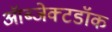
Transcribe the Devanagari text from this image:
ऑब्जेक्टडॉक